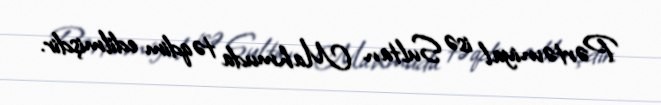
Pərtəvniyal isə Sultan Mahmuda təqdim edilmişdir.